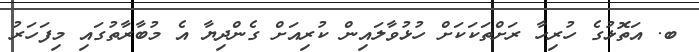
ބ. އަތޮޅުގެ ހުރިހާ ރަށްތަކަކަށް ހުޅުވާލައިން ކުރިއަށް ގެންދިޔާ އެ މުބާރާތުގައި މިފަހަރު